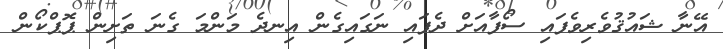
އޭނާ ޝައުޤުވެރިވެފައި ސޯފާއަށް ދެފައި ނަގައިގެން އިނދެ މަންމަ ގެނަ ތަށިން ޕޮޕްކޯން